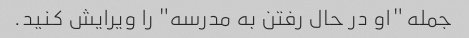
جمله "او در حال رفتن به مدرسه" را ویرایش کنید.